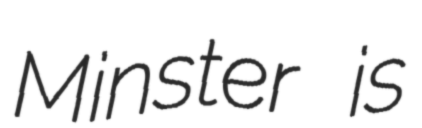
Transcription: Minster is